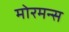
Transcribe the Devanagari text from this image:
मोरमन्स